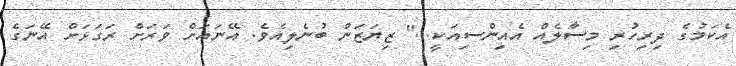
އެކަމުގެ ދިރިހުރި މިސާލެއް އެއިންސިއަކީ...'' ޒިޔަޒަން ބުނެލިއެވެ. އޭނައަށް ވަރަށް ރަގަޅަށް އޭނަގެ